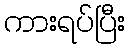
ကားရပ်ပြီး